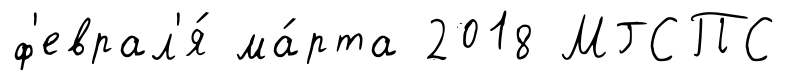
ф'еврал'я́ ма́рта 2018 МГСПС